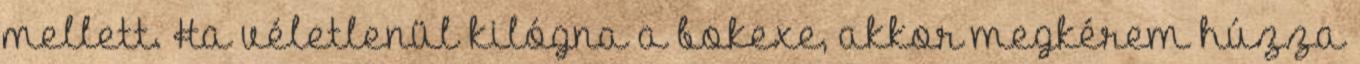
mellett. Ha véletlenül kilógna a bokexe, akkor megkérem húzza